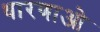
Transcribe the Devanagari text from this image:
धारणाओ